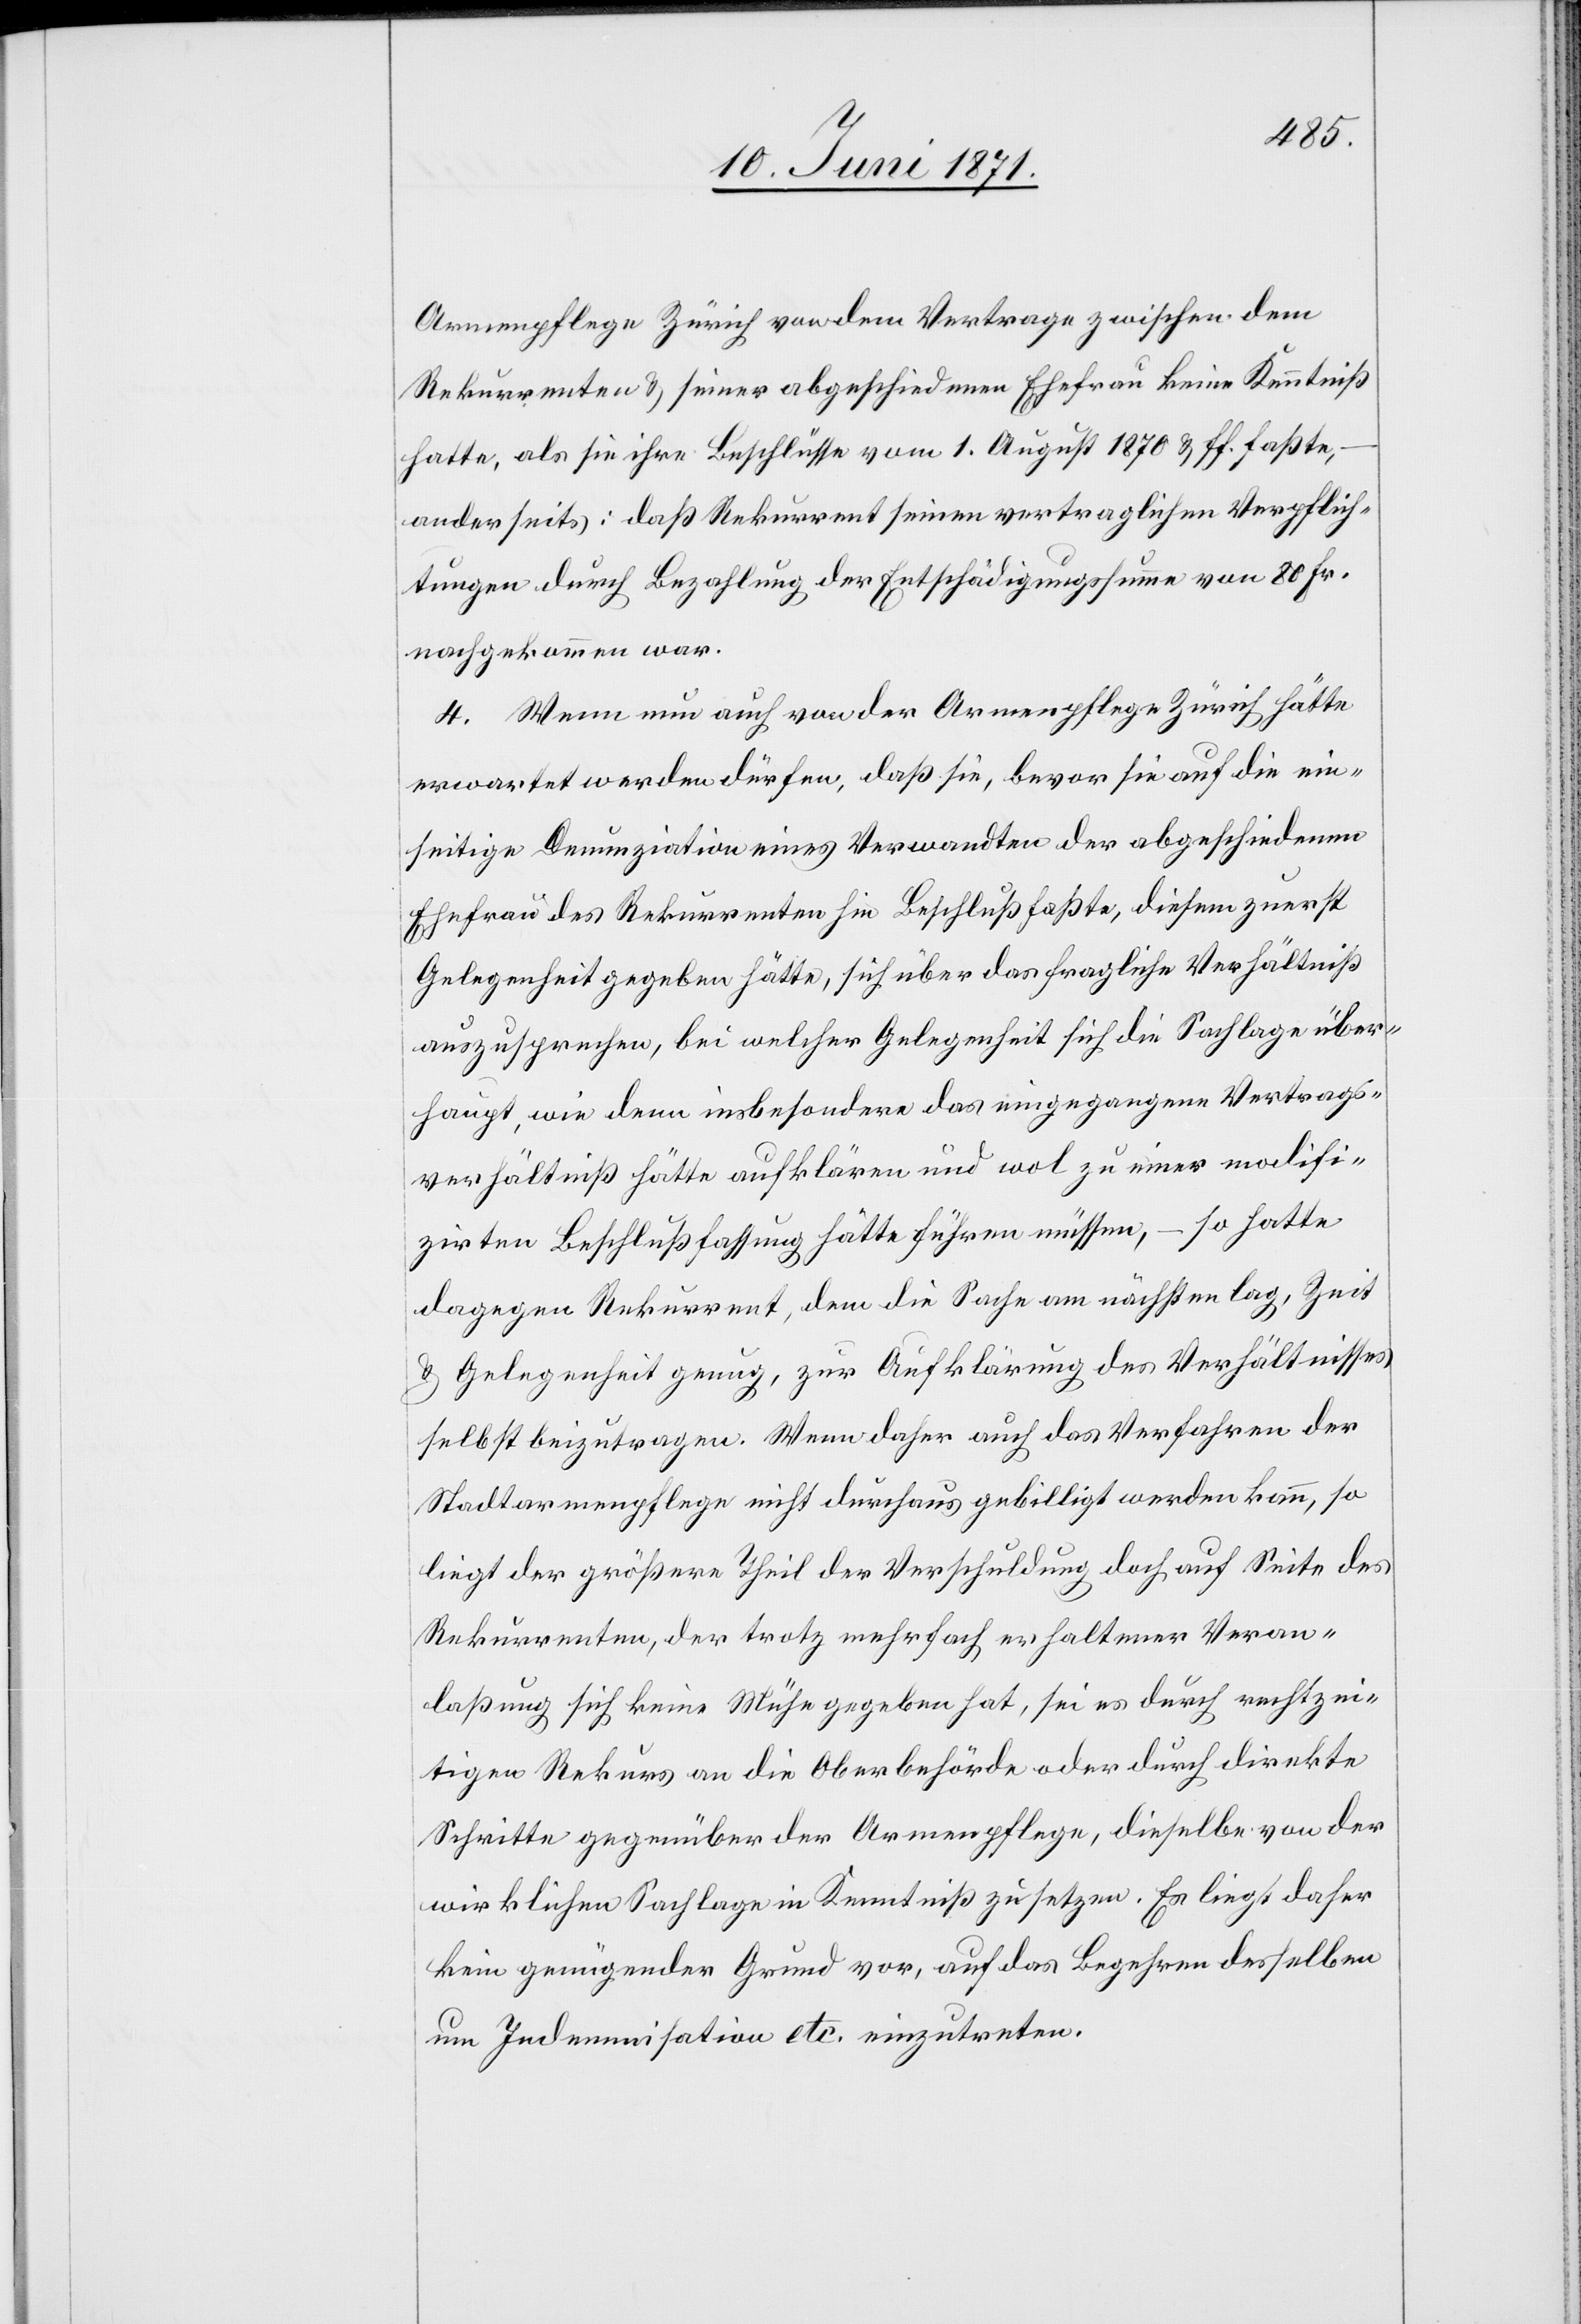
Armenpflege Zürich von dem Vertrage zwischen dem
Rekurrenten u. seiner abgeschiedenen Ehefrau keine Kenntniß
hatte, als sie ihre Beschlüsse vom 1. August 1870 u. ff. faßte,
anderseits: daß Rekurrent seinen vertraglichen Verpflich¬
tungen durch Bezahlung der Entschädigungssumme von 80 Fr.
nachgekommen war.
4. Wenn nun auch von der Armenpflege Zürich hätte
erwartet werden dürfen, daß sie, bevor sie auf die ein¬
seitige Denunziation eines Verwandten der abgeschiedenen
Ehefrau des Rekurrenten hin Beschluß faßte, diesem zuerst
Gelegenheit gegeben hätte, sich über das fragliche Verhältniß
auszusprechen, bei welcher Gelegenheit sich die Sachlage über¬
haupt, wie denn insbesondere das eingegangene Vertrags¬
verhältniß hätte aufklären und wol zu einer modifi¬
zirten Beschlußfassung hätte führen müssen, – so hatte
dagegen Rekurrent, dem die Sache am nächsten lag, Zeit
u. Gelegenheit genug, zur Aufklärung des Verhältnisses
selbst beizutragen. Wenn daher auch das Verfahren der
Stadtarmenpflege nicht durchaus gebilligt werden kann, so
liegt der größere Theil der Verschuldung doch auf Seite des
Rekurrenten, der trotz mehrfach erhaltener Veran¬
laßung sich keine Mühe gegeben hat, sei es durch rechtzei¬
tigen Rekurs an die Oberbehörde oder durch direkte
Schritte gegenüber der Armenpflege, dieselbe von der
wirklichen Sachlage in Kenntniß zu setzen. Es liegt daher
kein genügender Grund vor, auf das Begehren desselben
um Indemnisation etc. einzutreten.